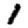
Digit: 1